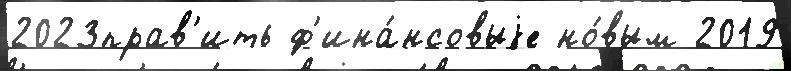
2023прав'ить ф'ина́нсовыjе но́вым 2019